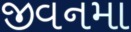
જીવનમા